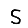
Digit: 5